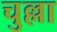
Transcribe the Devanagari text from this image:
चुल्ला